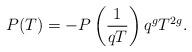
LaTeX: \begin{align*}P(T)=-P\left(\frac{1}{qT}\right)q^g T^{2g}.\end{align*}